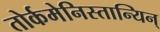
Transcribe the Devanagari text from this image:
तोर्कमेनिस्तान्यिन्